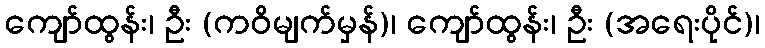
ကျော်ထွန်း၊ ဦး (ကဝိမျက်မှန်)၊ ကျော်ထွန်း၊ ဦး (အရေးပိုင်)၊